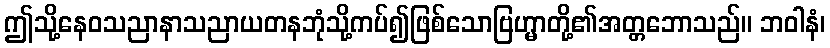
ဤသို့နေဝသညာနာသညာယတနဘုံသို့ကပ်၍ဖြစ်သောဗြဟ္မာတို့၏အတ္တဘောသည်။ ဘဝါနံ၊